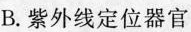
B.紫外线定位器官